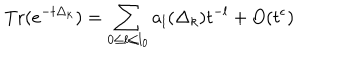
\mathrm { T r } ( e ^ { - t \Delta _ { k } } ) = \sum _ { 0 { \le } l { \le } l _ { 0 } } a _ { l } ( \Delta _ { k } ) t ^ { - l } + O ( t ^ { \epsilon } )